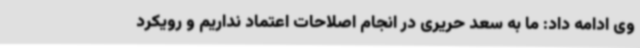
وی ادامه داد: ما به سعد حریری در انجام اصلاحات اعتماد نداریم و رویکرد